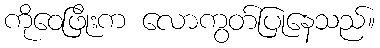
ကိုဝေဖြိုးက လောကွတ်ပြုနေသည်။